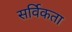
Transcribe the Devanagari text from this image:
सर्विकता